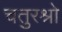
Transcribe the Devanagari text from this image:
चतुरश्रो